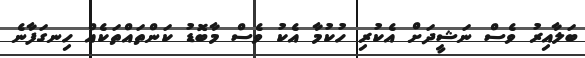
ބަލާއިރު ވެސް ނަޝީދަށް އެކުރި ހުކުމާ އެކު ވެސް މާބޮޑު ކަންތައްތަކެއް ހިނގަފާނެ